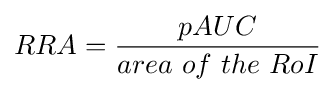
RRA={pAUC \over area\ of\ the\ RoI}